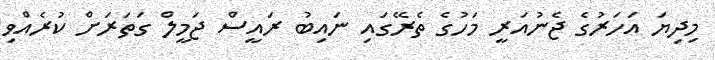
މިދިޔަ އަހަރުގެ ޖެނުއަރީ މަހުގެ ތެރޭގައި ނައިބު ރައީސް ޖަމީލް ގަތަރަށް ކުރެއްވި